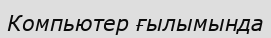
Компьютер ғылымында